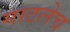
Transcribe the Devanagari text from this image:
गाठलेच